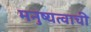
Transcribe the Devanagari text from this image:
मनुष्यत्वाची